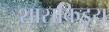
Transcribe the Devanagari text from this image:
शासकिइय